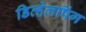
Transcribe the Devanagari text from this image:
डिव्हेलपिंग